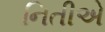
નિતીએ